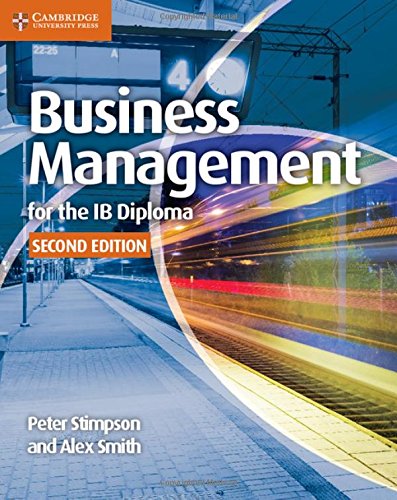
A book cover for Business Management for the IB Diploma Coursebook; Peter Stimpson; Children's Books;